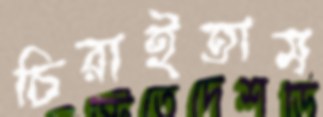
চিরাইতাম